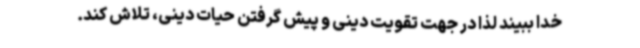
خدا ببیند لذا در جهت تقویت دینی و پیش گرفتن حیات دینی، تلاش کند.